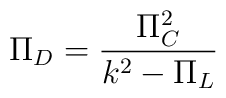
\Pi_{D}={\Pi_{C}^{2}\over k^{2}-\Pi_{L}}